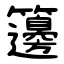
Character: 籩